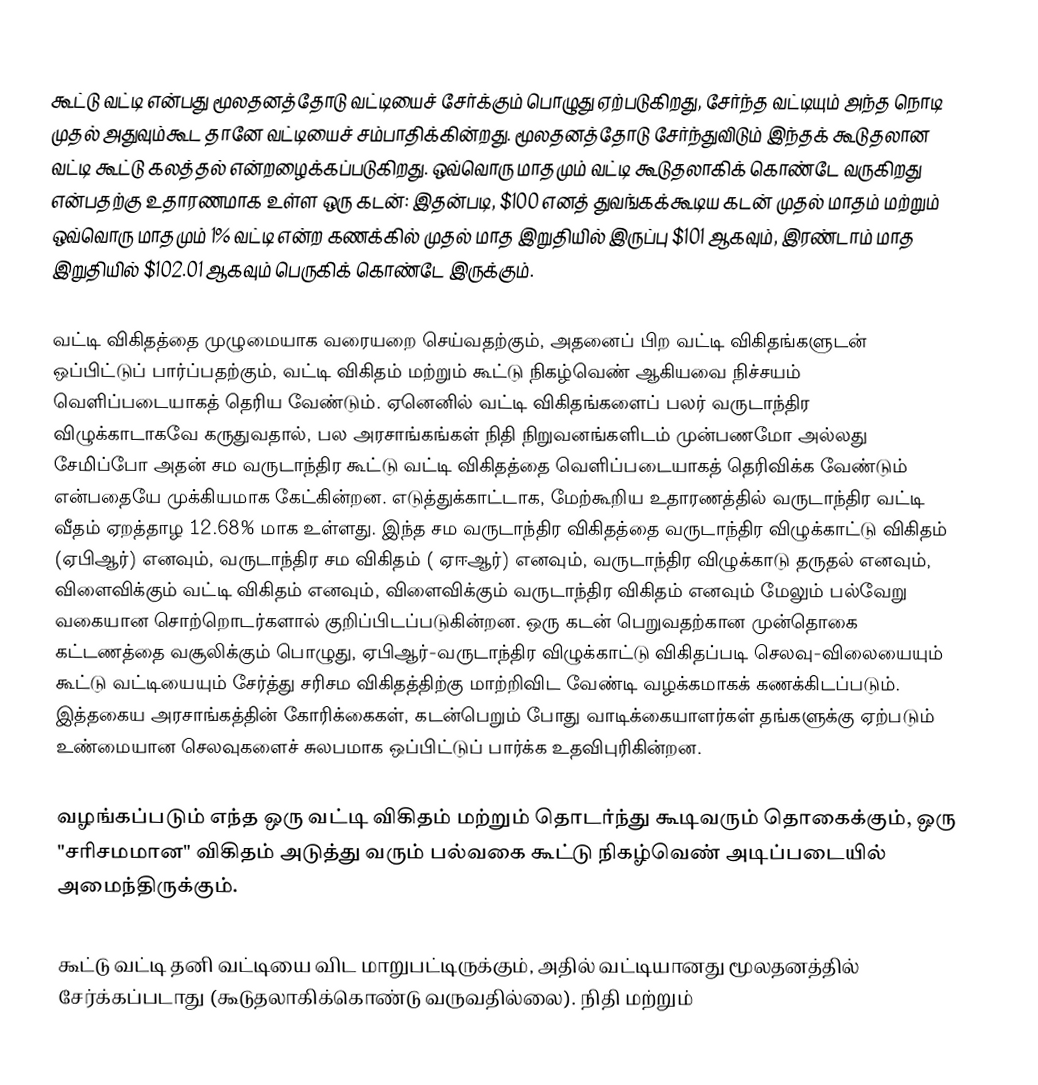
கூட்டு வட்டி என்பது மூலதனத்தோடு வட்டியைச் சேர்க்கும் பொழுது ஏற்படுகிறது, சேர்ந்த வட்டியும் அந்த நொடி முதல் அதுவும்கூட தானே வட்டியைச் சம்பாதிக்கின்றது. மூலதனத்தோடு சேர்ந்துவிடும் இந்தக் கூடுதலான வட்டி கூட்டு கலத்தல் என்றழைக்கப்படுகிறது. ஒவ்வொரு மாதமும் வட்டி கூடுதலாகிக் கொண்டே வருகிறது என்பதற்கு உதாரணமாக உள்ள ஒரு கடன்: இதன்படி, $100 எனத் துவங்கக்கூடிய கடன் முதல் மாதம் மற்றும் ஒவ்வொரு மாதமும் 1% வட்டி என்ற கணக்கில் முதல் மாத இறுதியில் இருப்பு $101 ஆகவும், இரண்டாம் மாத இறுதியில் $102.01 ஆகவும் பெருகிக் கொண்டே இருக்கும்.

வட்டி விகிதத்தை முழுமையாக வரையறை செய்வதற்கும், அதனைப் பிற வட்டி விகிதங்களுடன் ஒப்பிட்டுப் பார்ப்பதற்கும், வட்டி விகிதம் மற்றும் கூட்டு நிகழ்வெண் ஆகியவை நிச்சயம் வெளிப்படையாகத் தெரிய வேண்டும். ஏனெனில் வட்டி விகிதங்களைப் பலர் வருடாந்திர விழுக்காடாகவே கருதுவதால், பல அரசாங்கங்கள் நிதி நிறுவனங்களிடம் முன்பணமோ அல்லது சேமிப்போ அதன் சம வருடாந்திர கூட்டு வட்டி விகிதத்தை வெளிப்படையாகத் தெரிவிக்க வேண்டும் என்பதையே முக்கியமாக கேட்கின்றன. எடுத்துக்காட்டாக, மேற்கூறிய உதாரணத்தில் வருடாந்திர வட்டி வீதம் ஏறத்தாழ 12.68% மாக உள்ளது. இந்த சம வருடாந்திர விகிதத்தை வருடாந்திர விழுக்காட்டு விகிதம் (ஏபிஆர்) எனவும், வருடாந்திர சம விகிதம் ( ஏஈஆர்) எனவும், வருடாந்திர விழுக்காடு தருதல் எனவும், விளைவிக்கும் வட்டி விகிதம் எனவும், விளைவிக்கும் வருடாந்திர விகிதம் எனவும் மேலும் பல்வேறு வகையான சொற்றொடர்களால் குறிப்பிடப்படுகின்றன. ஒரு கடன் பெறுவதற்கான முன்தொகை கட்டணத்தை வசூலிக்கும் பொழுது, ஏபிஆர்-வருடாந்திர விழுக்காட்டு விகிதப்படி செலவு-விலையையும் கூட்டு வட்டியையும் சேர்த்து சரிசம விகிதத்திற்கு மாற்றிவிட வேண்டி வழக்கமாகக் கணக்கிடப்படும். இத்தகைய அரசாங்கத்தின் கோரிக்கைகள், கடன்பெறும் போது வாடிக்கையாளர்கள் தங்களுக்கு ஏற்படும் உண்மையான செலவுகளைச் சுலபமாக ஒப்பிட்டுப் பார்க்க உதவிபுரிகின்றன.

வழங்கப்படும் எந்த ஒரு வட்டி விகிதம் மற்றும் தொடர்ந்து கூடிவரும் தொகைக்கும், ஒரு "சரிசமமான" விகிதம் அடுத்து வரும் பல்வகை கூட்டு நிகழ்வெண் அடிப்படையில் அமைந்திருக்கும்.

கூட்டு வட்டி தனி வட்டியை விட மாறுபட்டிருக்கும், அதில் வட்டியானது மூலதனத்தில் சேர்க்கப்படாது (கூடுதலாகிக்கொண்டு வருவதில்லை). நிதி மற்றும்